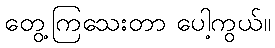
တွေ့ကြသေးတာ ပေါ့ကွယ်။